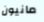
مانيون